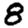
Digit: 8